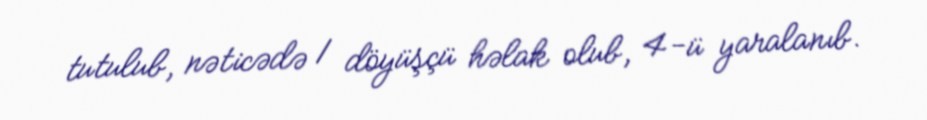
tutulub, nəticədə 1 döyüşçü həlak olub, 4-ü yaralanıb.